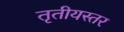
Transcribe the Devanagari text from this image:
तृतीयस्तर